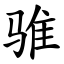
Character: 骓